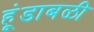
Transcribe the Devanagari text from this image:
हूंडाबळी